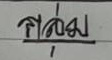
กลุ่ม